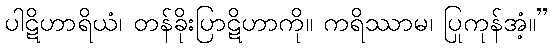
ပါဋိဟာရိယံ၊ တန်ခိုးပြာဋိဟာကို။ ကရိဿာမ၊ ပြုကုန်အံ့။”